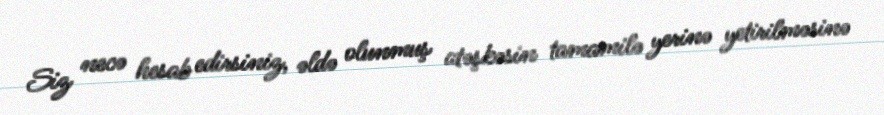
Siz necə hesab edirsiniz, əldə olunmuş atəşkəsin tamamilə yerinə yetirilməsinə